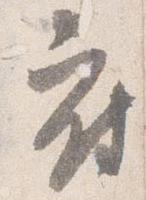
府